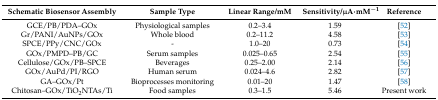
<table><thead><tr><td><b>Schematic Biosensor Assembly</b></td><td><b>Sample Type</b></td><td><b>Linear Range/mM</b></td><td><b>Sensitivity/μA·mM<sup>−1</sup></b></td><td><b>Reference</b></td></tr></thead><tbody><tr><td>GCE/PB/PDA–GOx</td><td>Physiological samples</td><td>0.2–3.4</td><td>1.59</td><td>[52]</td></tr><tr><td>Gr/PANI/AuNPs/GOx</td><td>Whole blood</td><td>0.2–11.2</td><td>4.58</td><td>[53]</td></tr><tr><td>SPCE/PPy/CNC/GOx</td><td>-</td><td>1.0–20</td><td>0.73</td><td>[54]</td></tr><tr><td>GOx/PMPD–PB/GC</td><td>Serum samples</td><td>0.025–0.65</td><td>2.54</td><td>[55]</td></tr><tr><td>Cellulose/GOx/PB–SPCE</td><td>Beverages</td><td>0.25–2.00</td><td>2.14</td><td>[56]</td></tr><tr><td>GOx/AuPd/PI/RGO</td><td>Human serum</td><td>0.024–4.6</td><td>2.82</td><td>[57]</td></tr><tr><td>GA–GOx/Pt</td><td>Bioprocesses monitoring</td><td>0.01–20</td><td>1.47</td><td>[58]</td></tr><tr><td>Chitosan–GOx/TiO<sub>2</sub>NTAs/Ti</td><td>Food samples</td><td>0.3–1.5</td><td>5.46</td><td>Present work</td></tr></tbody></table>